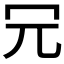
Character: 𠕶